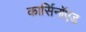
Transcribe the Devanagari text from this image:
कार्सिनॉएड